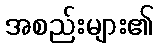
အစည်းများ၏